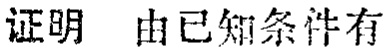
证明 由已知条件有